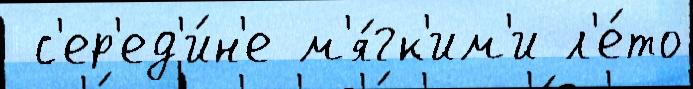
 с'ер'ед'и́н'е м'я́гк'им'и л'е́то